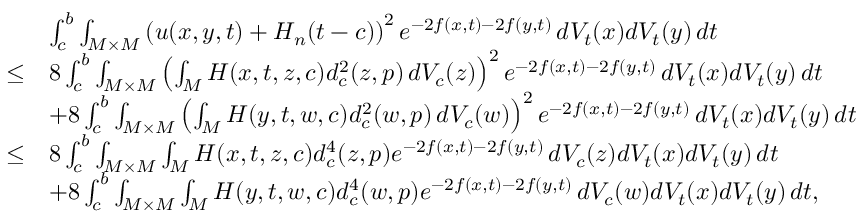
\begin{array} { r l } & { \int _ { c } ^ { b } \int _ { M \times M } \left( u ( x , y , t ) + H _ { n } ( t - c ) \right) ^ { 2 } e ^ { - 2 f ( x , t ) - 2 f ( y , t ) } \, d V _ { t } ( x ) d V _ { t } ( y ) \, d t } \\ { \le } & { 8 \int _ { c } ^ { b } \int _ { M \times M } \left( \int _ { M } H ( x , t , z , c ) d _ { c } ^ { 2 } ( z , p ) \, d V _ { c } ( z ) \right) ^ { 2 } e ^ { - 2 f ( x , t ) - 2 f ( y , t ) } \, d V _ { t } ( x ) d V _ { t } ( y ) \, d t } \\ & { + 8 \int _ { c } ^ { b } \int _ { M \times M } \left( \int _ { M } H ( y , t , w , c ) d _ { c } ^ { 2 } ( w , p ) \, d V _ { c } ( w ) \right) ^ { 2 } e ^ { - 2 f ( x , t ) - 2 f ( y , t ) } \, d V _ { t } ( x ) d V _ { t } ( y ) \, d t } \\ { \le } & { 8 \int _ { c } ^ { b } \int _ { M \times M } \int _ { M } H ( x , t , z , c ) d _ { c } ^ { 4 } ( z , p ) e ^ { - 2 f ( x , t ) - 2 f ( y , t ) } \, d V _ { c } ( z ) d V _ { t } ( x ) d V _ { t } ( y ) \, d t } \\ & { + 8 \int _ { c } ^ { b } \int _ { M \times M } \int _ { M } H ( y , t , w , c ) d _ { c } ^ { 4 } ( w , p ) e ^ { - 2 f ( x , t ) - 2 f ( y , t ) } \, d V _ { c } ( w ) d V _ { t } ( x ) d V _ { t } ( y ) \, d t , } \end{array}